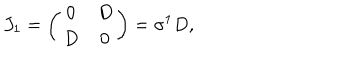
LaTeX: J _ { 1 } = \left( \begin{array} { c c } { { 0 } } & { { D } } \\ { { D } } & { { 0 } } \\ \end{array} \right) = \sigma ^ { 1 } D ,